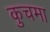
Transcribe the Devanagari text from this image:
कुचमा